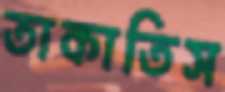
তাকাতিস